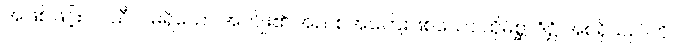
အဖြစ်ဖြင့်။ ဝါ၊ သီလမရှိသော အကျိုး၏ အညစ်အကြေးဖြစ်သော ထိုမိစ္ဆာဒိဋ္ဌိ အစရှိသည်ကို